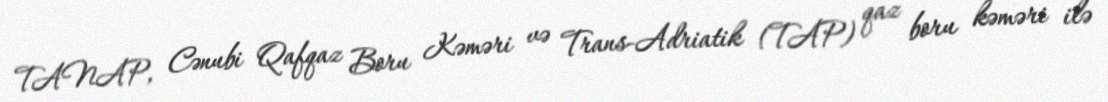
TANAP, Cənubi Qafqaz Boru Kəməri və Trans-Adriatik (TAP) qaz boru kəməri ilə